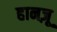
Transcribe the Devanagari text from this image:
हानज़ू